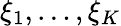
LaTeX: \xi_{1},\dots,\xi_{K}